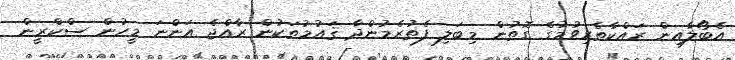
އެބޯލާއިން ރައްކާތެރިވުމުގެ ގޮތުން މިބަލި ފެތުރެމުންދާ ޤައުމުތަކުން ރާއްޖެ އަންނަ މީހުން ސްކްރީން